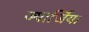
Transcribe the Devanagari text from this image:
ज्यार्जिया